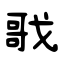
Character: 戨